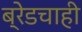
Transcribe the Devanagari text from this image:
ब्रेडचाही